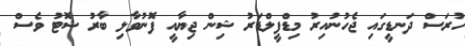
ހުރަސް ދަނޑީގައި ޖެހުނުއިރު މިޑްފީލްޑަރު ޝިން ޖިޔާއީ ފޮނުވާލި ބާރު ޝޮޓު ވެސް